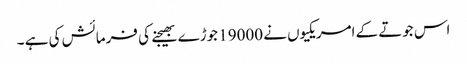
اس جوتے کے امریکیوں نے 19000 جوڑے بھیجنے کی فرمائش کی ہے ۔